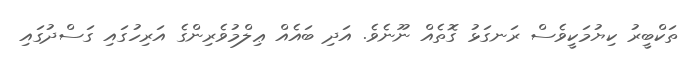
ތަކްބީރު ކިޔުމަކީވެސް ރަނގަޅު ގޮތެއް ނޫނެވެ. އަދި ބައެއް ޢިލްމުވެރިންގެ އަރިހުގައި ގަސްދުގައި